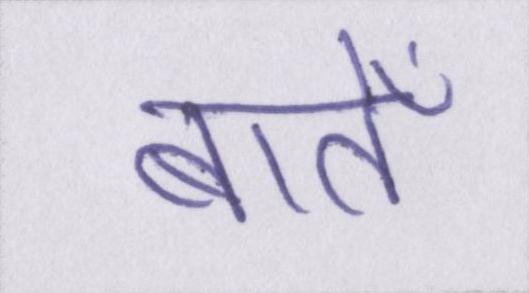
बातेँ